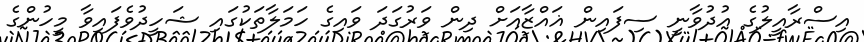
އިސްރާއީލުގެ އުދުވާނީ ސިފައިން ޣައްޒާއަށް ދިން ވަރުގަދަ ވައިގެ ހަމަލާތަކުގައި ޝަހީދުވެފައިވާ މީހުންގެ